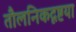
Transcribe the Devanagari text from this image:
तौलनिकदृष्टया